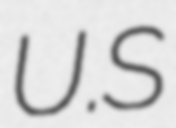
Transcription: U.S